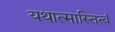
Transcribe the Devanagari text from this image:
यथात्मास्तित्वं